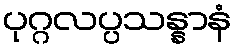
ပုဂ္ဂလပ္ပသန္နာနံ